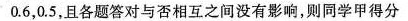
0.6，0.5，且各题答对与否相互之间没有影响，则同学甲得分